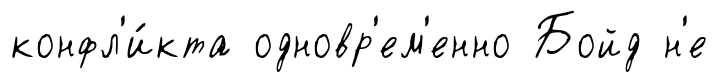
конфл'и́кта одновр'ем'енно Бойд н'е